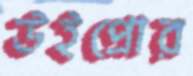
উইপ্রোর